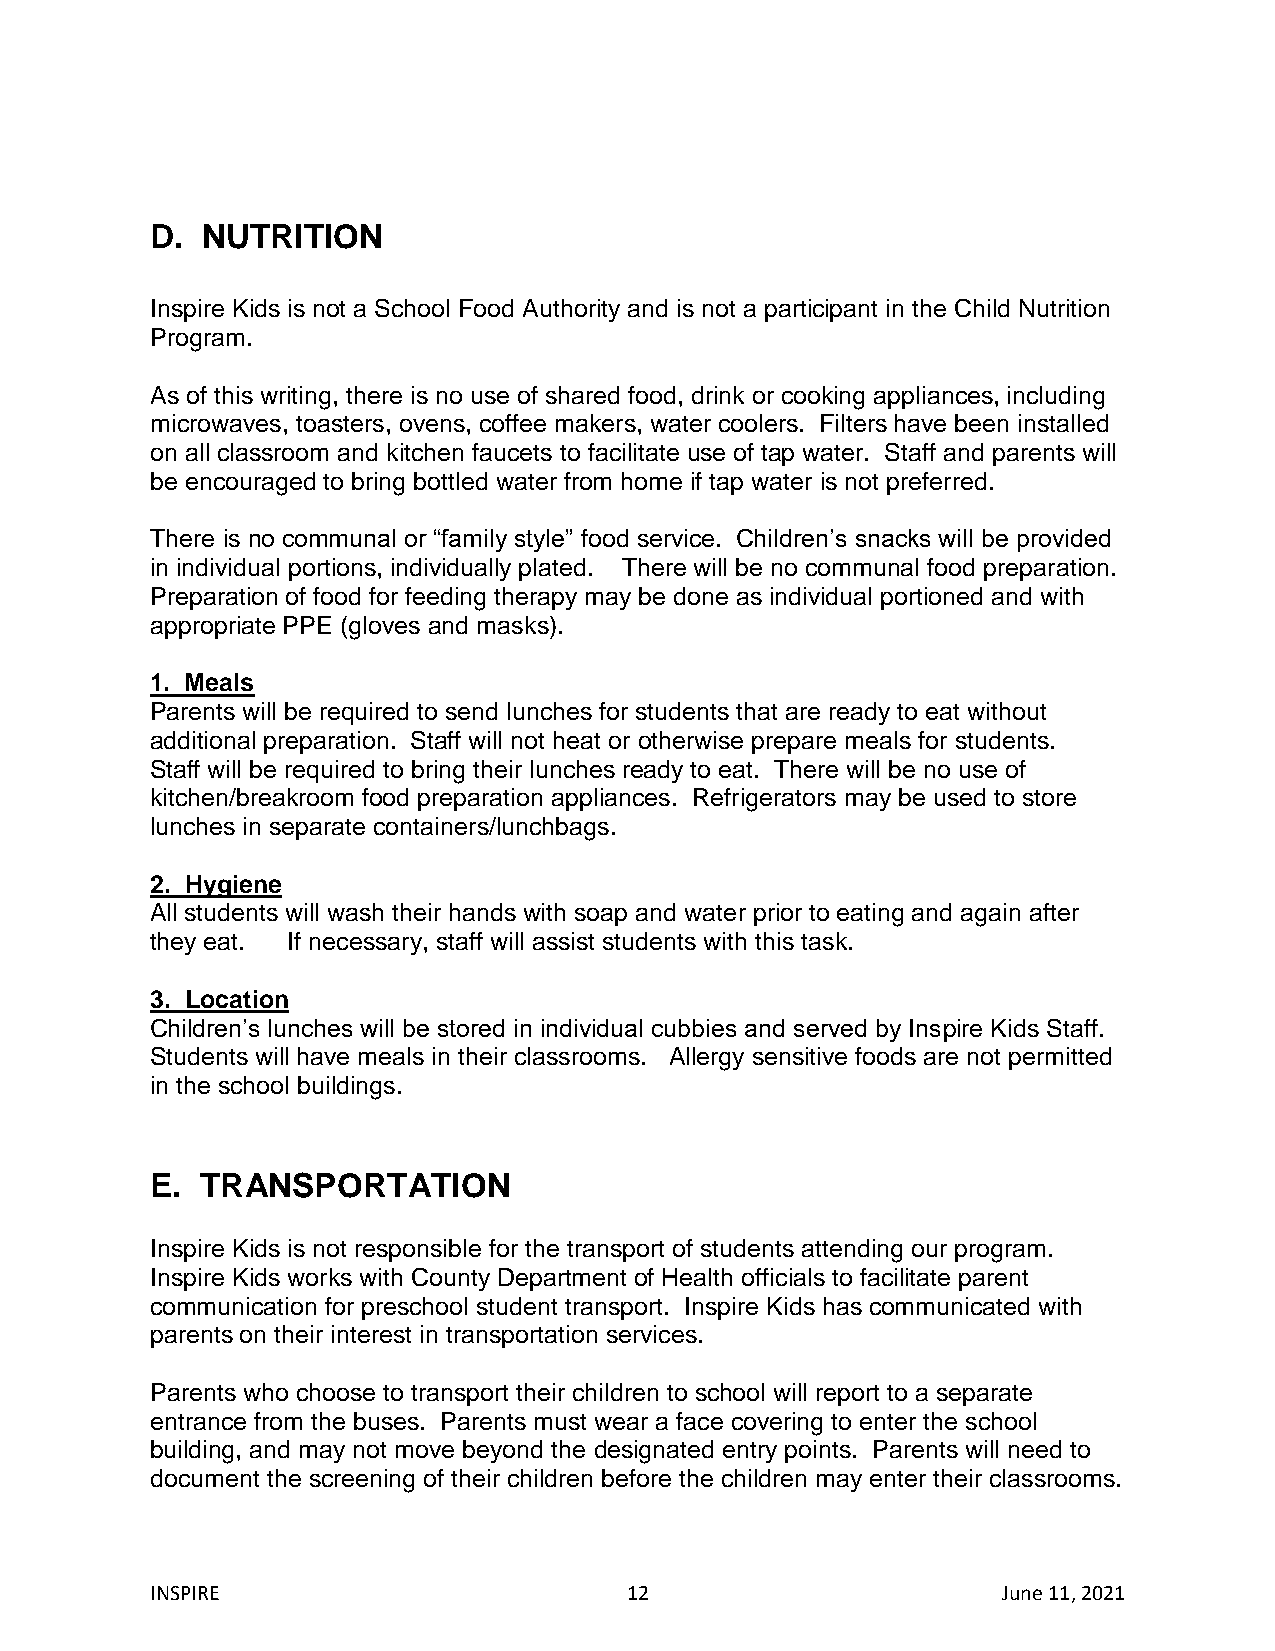
D. NUTRITION
 Inspire Kids is not a School Food Authority and is not a participant in the Child Nutrition
 Program.
 As of this writing, there is no use of shared food, drink or cooking appliances, including
 microwaves, toasters, ovens, coffee makers, water coolers. Filters have been installed
 on all classroom and kitchen faucets to facilitate use of tap water. Staff and parents will
 be encouraged to bring bottled water from home if tap water is not preferred.
 There is no communal or “family style” food service. Children’s snacks will be provided
 in individual portions, individually plated. There will be no communal food preparation.
 Preparation of food for feeding therapy may be done as individual portioned and with
 appropriate PPE (gloves and masks).
 1. Meals
 Parents will be required to send lunches for students that are ready to eat without
 additional preparation. Staff will not heat or otherwise prepare meals for students.
 Staff will be required to bring their lunches ready to eat. There will be no use of
 kitchen/breakroom food preparation appliances. Refrigerators may be used to store
 lunches in separate containers/lunchbags.
 2. Hygiene
 All students will wash their hands with soap and water prior to eating and again after
 they eat. If necessary, staff will assist students with this task.
 3. Location
 Children’s lunches will be stored in individual cubbies and served by Inspire Kids Staff.
 Students will have meals in their classrooms. Allergy sensitive foods are not permitted
 in the school buildings.
 E. TRANSPORTATION
 Inspire Kids is not responsible for the transport of students attending our program.
 Inspire Kids works with County Department of Health officials to facilitate parent
 communication for preschool student transport. Inspire Kids has communicated with
 parents on their interest in transportation services.
 Parents who choose to transport their children to school will report to a separate
 entrance from the buses. Parents must wear a face covering to enter the school
 building, and may not move beyond the designated entry points. Parents will need to
 document the screening of their children before the children may enter their classrooms.
 INSPIRE                        12                       June 11, 2021